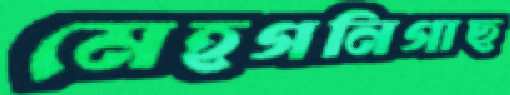
মেহগনিগাছ